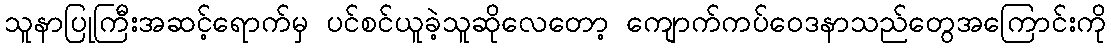
သူနာပြုကြီးအဆင့်ရောက်မှ ပင်စင်ယူခဲ့သူဆိုလေတော့ ကျောက်ကပ်ဝေဒနာသည်တွေအကြောင်းကို